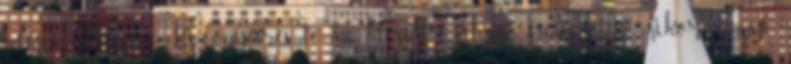
megfeledkezni Bizonyára te is kerültél olyan helyzetbe, mikor annyi